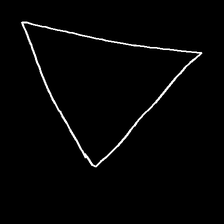
Glyph: convergence